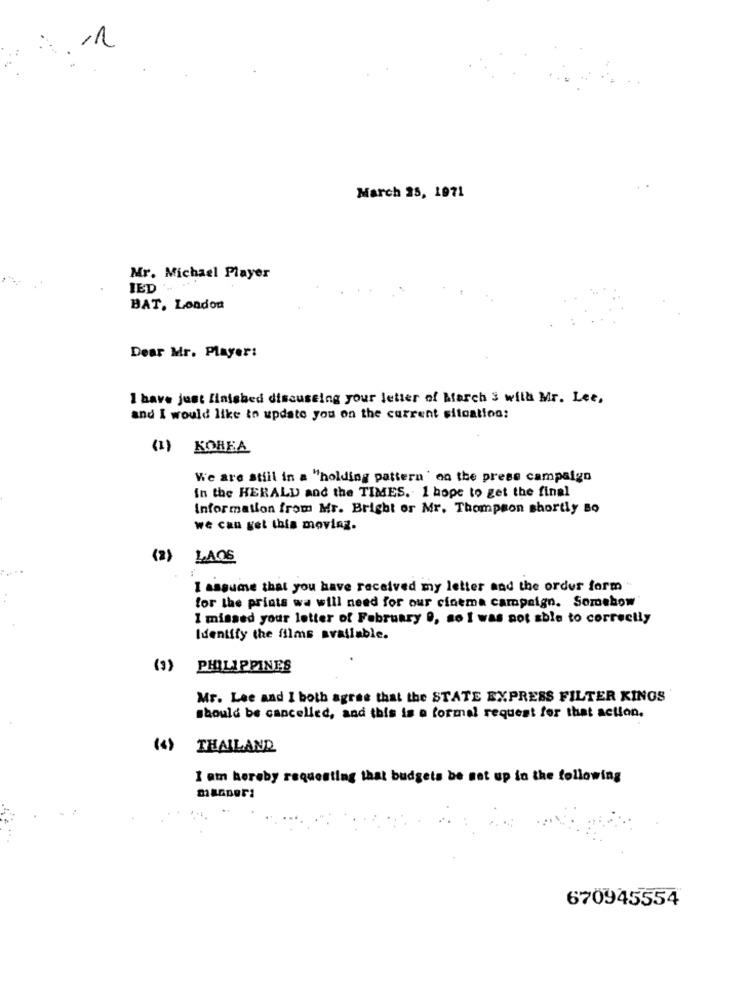
March 25, 1971
Mr. Michael Player
IED ..
BAT, London
Dear Mr. Player:
I have just finished discussing your letter of March & with Mr. Lee,
and I would like to update you on the current situation:
(1) KOREA
We are still in a "holding pattern ' on the press campaign
in the HERALD and the TIMES. I hope to get the final
Information from Mr. Bright or Mr. Thompson shortly Bo
we can get this moving.
(2)
LAOS
I assume that you have received my letter and the order form
for the prints wa will need for our cinema campaign. Somehow
1 missed your letter of February 9, so I was not able to correctly
Identify the films available.
(3)
PHILIPPINES
Mr. Lee and I both agree that the STATE EXPRESS FILTER KINGS
should be cancelled, and this is a formal request for that action.
(4)
THAILAND
I am hereby requesting that budgets be set up in the following
670945554